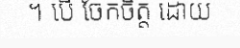
។ បើ ចែកចិត្ត ដោយ